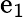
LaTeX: \mathrm{e}_{1}